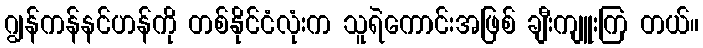
ဂျွန်ကန်နင်ဟန်ကို တစ်နိုင်ငံလုံးက သူရဲကောင်းအဖြစ် ချီးကျူးကြ တယ်။